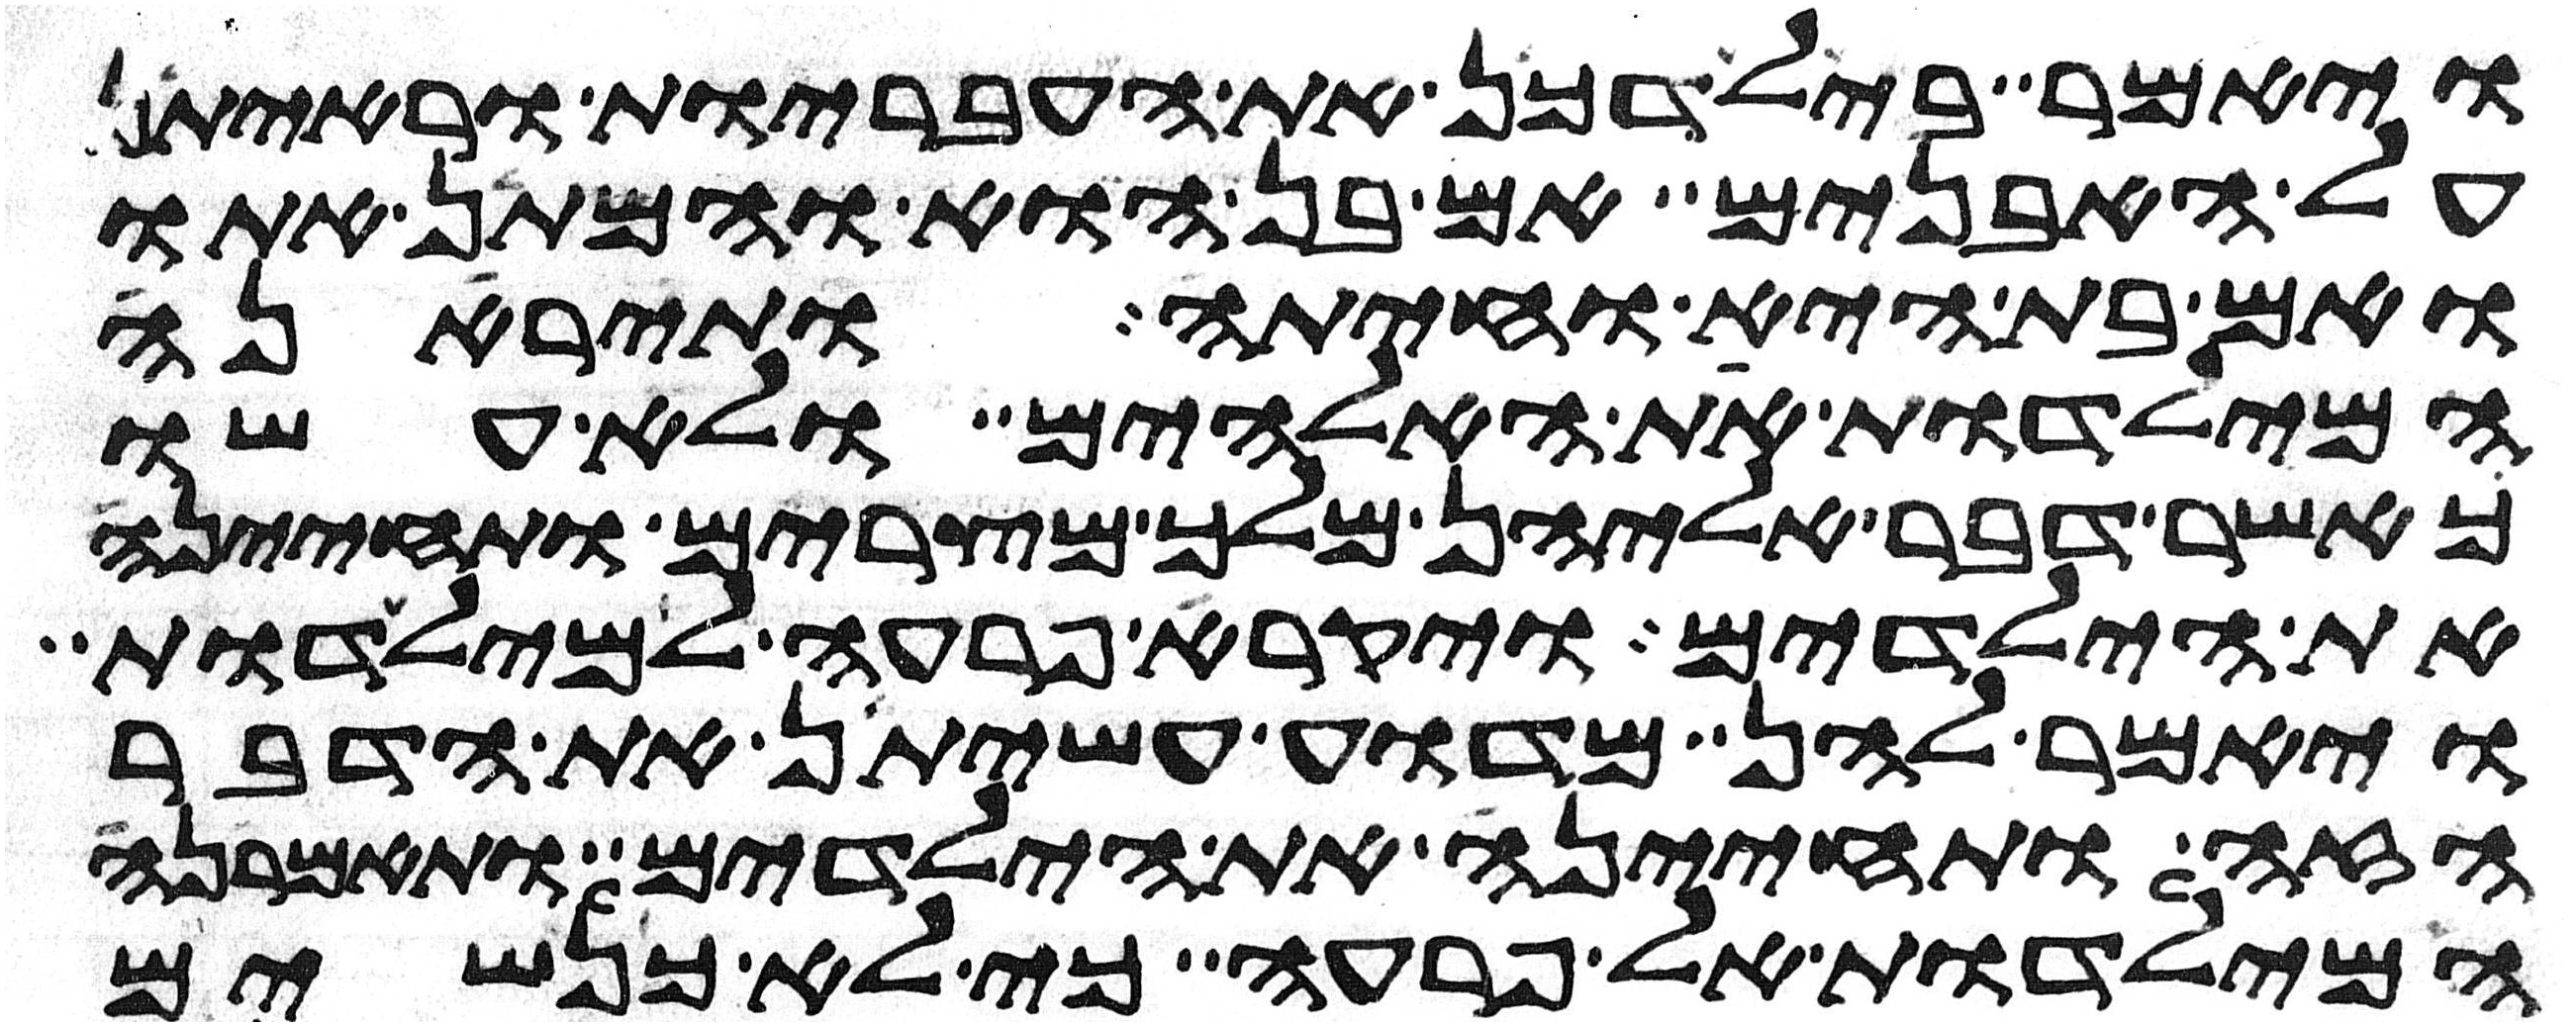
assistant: ויאמר בילדכן את העבריות וראיתן
על האבנים אם בן הוא והמתן אתו
ואם בת היא וחיתה ותיראנה
המילדות את האלהים ולא עשו
כאשר דבר אליהן מלך מצרים ותחינה
את הילדים ויקרא פרעה למילדות
ויאמר להן מדוע עשיתן את הדבר
הזה ותחינה את הילדים ותאמרנה
המילדות אל פרעה כי לא כנשים